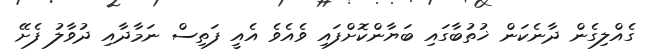
ގެއްލިގެން ދާނެކަން ޚުތުބާގައި ބަޔާންކޮށްފައި ވެއެވެ އެއީ ފަތިސް ނަމާދާއި ދުވާލު ފެށޭ